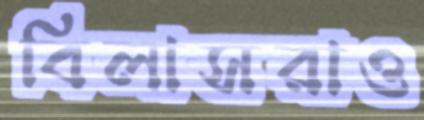
বিলাসরাও